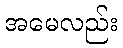
အမေလည်း